King Institute of Preventive Medicine Micro-Biological Section reports 1909-11
Year: 1909
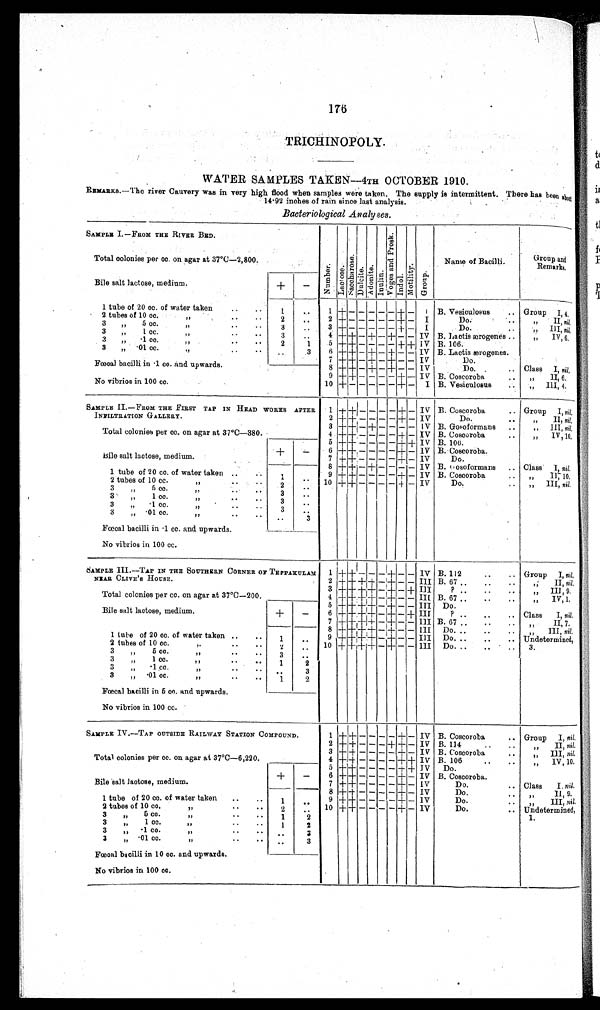
176
TRICHINOPO LY
WATER SAMPLES TAKEN −−4TH OCTOBER 1910.
R E M A R K S . — T h e r i v e r C a u v e r y w a s i n v e r y h i g h f l o o d w h e n s a m p l e s w e r e t a k e n . T h e s u p p l y i s i n t e r m i t t e n t . T h e r e h a s b e e n , a b o u t
14·92 inches of rain since last analysis.
Bacteriological Analyses.
SAMPLE I.—FROM THE RIVER BED.
Number.Lactose.Nacchar os e. Dulcite.Adonite.Inul i n.V o g e s a n d P r o s k . Indol.Mot i l i t y.Group.
Name of Bacilli.
Group and
Remark
s.
Total colonies per cc. on agar at 37°C
—2,800.
Bile salt lactose, medium.
+
−
1 tube of 20 cc. of water taken
1
1
+ − − − − −
+ −
I B. Vesiculosus
Group I, 4.
2 tubes of 10 cc.
2
2 + − − − − − +
−
I
Do.
„ II, nil,
3 „ 5 cc.
3
3 +
− − − − − + −
I
Do.
„ III, nil.
3 „ 1 cc.
3
4 + + − + − + − − IV B. Lactis ærogenes
„ IV, 6,
3 „ ·1 cc.
2
1
5 + + − − − −
+ + IV B. 106
3 „ ·01 cc.
3
6 +
+ − + − + − − IV
B. Lactis ærogenes.
7 + + − + − + − − IV
Do.
Fœcal bacilli in ·1 cc. and upwards.
8 +
+ − + − + − − IV
Do.
Class I, nil.
9 +
+ − − − − + − IV B. Coscoroba
„ II, 6.
No vibrios in 100 cc.
10 +
− − − −
−
+ −
I B. Vesiculosus
, , I I I , 4.
SAMPLE II.—FROM THE FIRST TAP IN HEAD WORKS AFTER
INFILTRATION GALLERY.
1
+ + − − − − + − IV B. Coscoroba
Group I, nil,
2 + + − − − − + − IV
Do.
„ II, nil,
3 + + − + − − − − IV B. Gosoformans
„ III, nil.
Total colonies per cc. on agar at 37°C
—380.
4 + + − − − − + − IV B. Coscoroba
„ IV, 10.
+
−
5 + + − − − −
+
+ IV B. 106.
6 + + − − − − + − IV B. Coscoroba.
Bile salt lactose, medium.
7 + + − − − − + − IV
Do.
8
+
+ − + − − − − IV B. Cosoformans
Class I,
n i l .
1 tube of 20 cc, of water taken
1
9 + + − − − − + − IV B. Coscoroba
„ II, 10.
2 tubes of 10 cc.
2
10 + + − − − − + − IV
Do.
„ III, nil.
3 „ 5 cc.
3
3 „ 1 cc.
3
3 „ ·1cc.
3
3 „ ·01 cc.
3
Fœcal bacilli in ·1 cc. and upwards.
No vibrios in 100 cc.
SAMPLE III. —TAP IN THE SOUTHERN CORNER OF TEPPAKULAM
NEAR CLIVE'S HOUSE.
1 + + − −
− + − −
I V B. 112
Group I, nil.
2 + + +
+
− + − − III B. 67
„ II, nil.
3 + + +
+
− + − + III
?
„ III, 9.
Total colonies per cc. on agar at 37°C
—200.
4 + + +
+
− + − − III B. 67
„ IV, 1,
5 + + +
+
− + − − III Do.
Bile salt lactose, medium.
+
−
6
+ +
+ +
− + − + III
?
Class I, nil.
7 + + +
+
− + − − III B. 67
„ II, 7.
8 + +
+ +
− + − −
I I I Do.
„ III, nil.
1 tube of 20 cc. of water taken
1
9 + +
+ +
− + − − III Do.
Undetermined,
3.
2 tubes of 10 cc.
2
10 + + +
+ − + − − III
Do.
3 „ 5 cc.
3
3 „ 1 cc.
1
2
3 „ ·1 cc.
3
3 „ ·01 cc.
1
2
Fœcal bacilli in 5 cc. and upwards.
No vibrios in 100 cc.
SAMPLE IV.—TAP OUTSIDE RAILWAY STATION COMPOUND.
1 + + − − − − + − IV B. Coscoroba
Group I, nil.
2 + + − − −
+ + − IV B. 114
„ II, nil.
3 + + − − − − +
− IV B. Coscoroba
„ III, nil.
Total colonies per cc. on agar at 37°C
—6,220.
4 + + − − − −
+
+
IV B. 106
„ IV, 10.
+
−
5 + + − − − − + +
I V Do.
6 + + − − − − + − IV B. Coscoroba.
Bile salt lactose, medium.
7 + + − − − − + −
IV
Do.
Class I. nil.
8 + + − − − −
+
−
IV
Do.
„ II, 9.
1 tube of 20 cc. of water taken
1
9 + + − − − −
+
− IV
Do.
,, III, nil.
2 tubes of 10 cc.
2
10 + + − − − − + − IV
Do.
Undetermined,
1.
3 „ 5 cc.
1
2
3 „ 1 cc.
1
2
3 „ ·1 cc.
3
3 „ ·01 cc.
3
Fœcal bacilli in 10 cc. and upwards.
No vibrios in 100 cc.